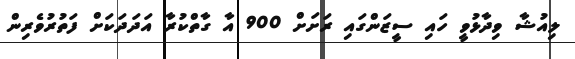
ލިއުޝާ ވިދާޅުވީ ހައި ސީޒަންގައި ރަށަށް 900 އާ ގާތްކުރާ އަދަދަކަށް ފަތުރުވެރިން